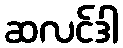
ဆလင်ဒါ